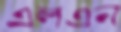
এলএন